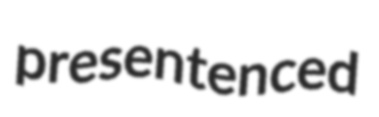
presentenced